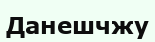
Данешчжу